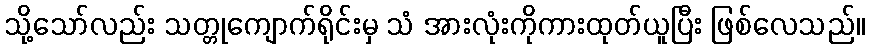
သို့သော်လည်း သတ္တုကျောက်ရိုင်းမှ သံ အားလုံးကိုကားထုတ်ယူပြီး ဖြစ်လေသည်။